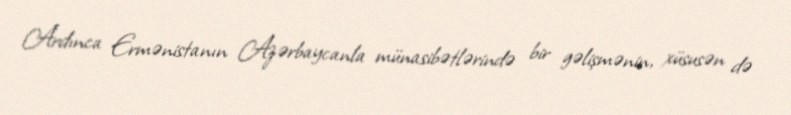
Ardınca Ermənistanın Azərbaycanla münasibətlərində bir gəlişmənin, xüsusən də